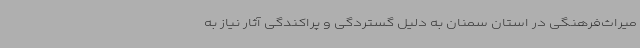
میراث‌فرهنگی در استان سمنان به دلیل گستردگی و پراکندگی آثار نیاز به